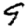
Digit: 9